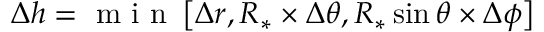
\Delta h = \mathrm { ~ m ~ i ~ n ~ } \left[ \Delta r , R _ { * } \times \Delta \theta , R _ { * } \sin \theta \times \Delta \phi \right]